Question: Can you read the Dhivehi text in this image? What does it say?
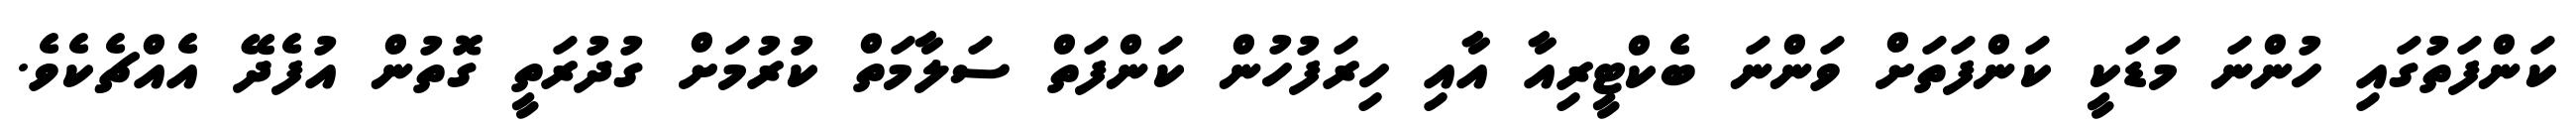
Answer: ކަންފަތުގައި ހުންނަ މަޑަކީ ކަންފަތަށް ވަންނަ ބެކްޓީރިއާ އާއި ހިރަފުހުން ކަންފަތް ސަލާމަތް ކުރުމަށް ގުދުރަތީ ގޮތުން އުފެދޭ އެއްޗެކެވެ.